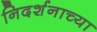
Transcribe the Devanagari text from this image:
निदर्शनाच्या